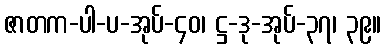
ဇာတက-ပါ-ပ-အုပ်-၄၀၊ ဋ္ဌ-ဒု-အုပ်-၃၇၊ ၃၉။